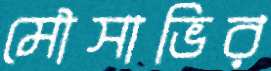
মৌসাভির